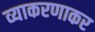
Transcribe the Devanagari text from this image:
व्याकरणाकर